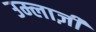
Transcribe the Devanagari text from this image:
उम्लाज़ी